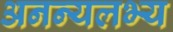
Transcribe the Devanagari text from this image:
अनन्यलभ्य